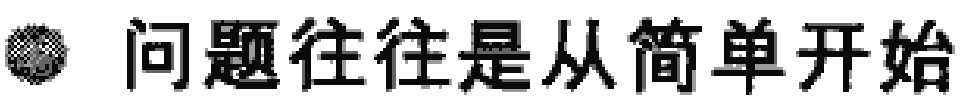
\textbullet\ 问题往往是从简单开始